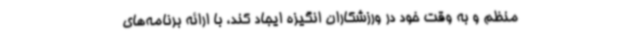
منظم و به وقت خود در ورزشکاران انگیزه ایجاد کند، با ارائه برنامه‌های